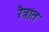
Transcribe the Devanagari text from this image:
रैत्रांत